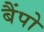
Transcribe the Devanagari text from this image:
बैंपो